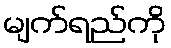
မျက်ရည်ကို